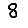
Digit: 8